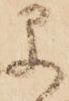
早